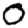
Digit: 0